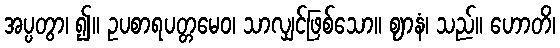
အပ္ပတွာ၊ ၍။ ဥပစာရပတ္တမေဝ၊ သာလျှင်ဖြစ်သော။ ဈာနံ၊ သည်။ ဟောတိ၊